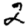
Digit: 2